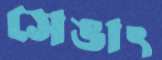
সেঙাৎ